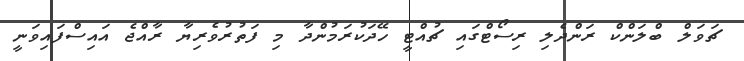
ޗަވަލް ބްލަންކް ރަންދެލި ރިސޯޓްގައި ޗުއްޓީ ހޭދަކުރަމުންދާ މި ފަތުރުވެރިޔާ ރާއްޖެ އައިސްފައިވަނީ